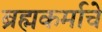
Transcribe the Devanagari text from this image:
ब्रह्मकर्माचे